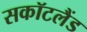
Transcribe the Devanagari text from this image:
सकॉटलैंड